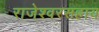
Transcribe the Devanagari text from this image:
राजेश्वरसहाय